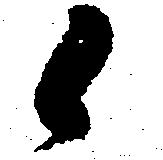
候